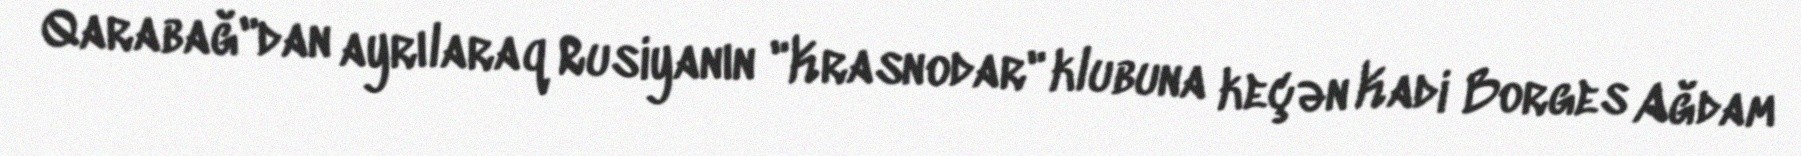
Qarabağ"dan ayrılaraq Rusiyanın "Krasnodar" klubuna keçən Kadi Borges Ağdam